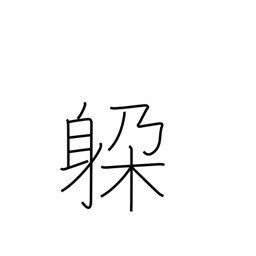
Meaning: dodge